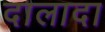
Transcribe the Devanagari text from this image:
दालादा